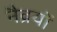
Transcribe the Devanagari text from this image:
नैव्रयों